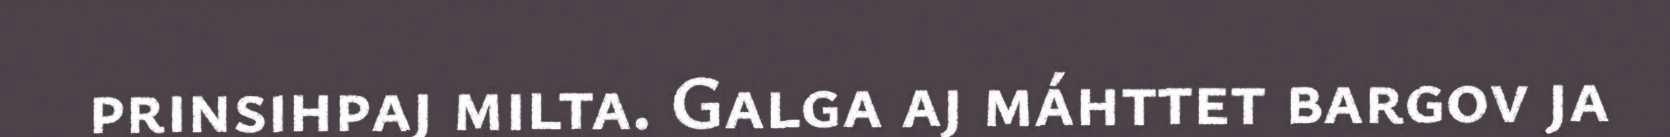
prinsihpaj milta. Galga aj máhttet bargov ja